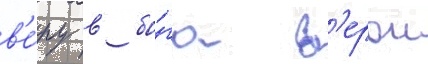
в'е́ру в бо́га в'ерои